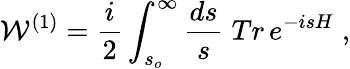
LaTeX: {\cal W}^{(1)}={\frac{i}{2}}\int_{s_{o}}^{\infty}{\frac{ds}{s}}\; Tr\, e^{-isH}\; ,